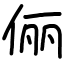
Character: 俪